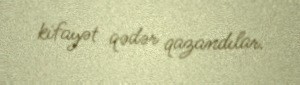
kifayət qədər qazandılar.